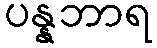
ပန္နဘာရ